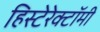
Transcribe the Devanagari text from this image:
हिस्टेरेक्टॉमी